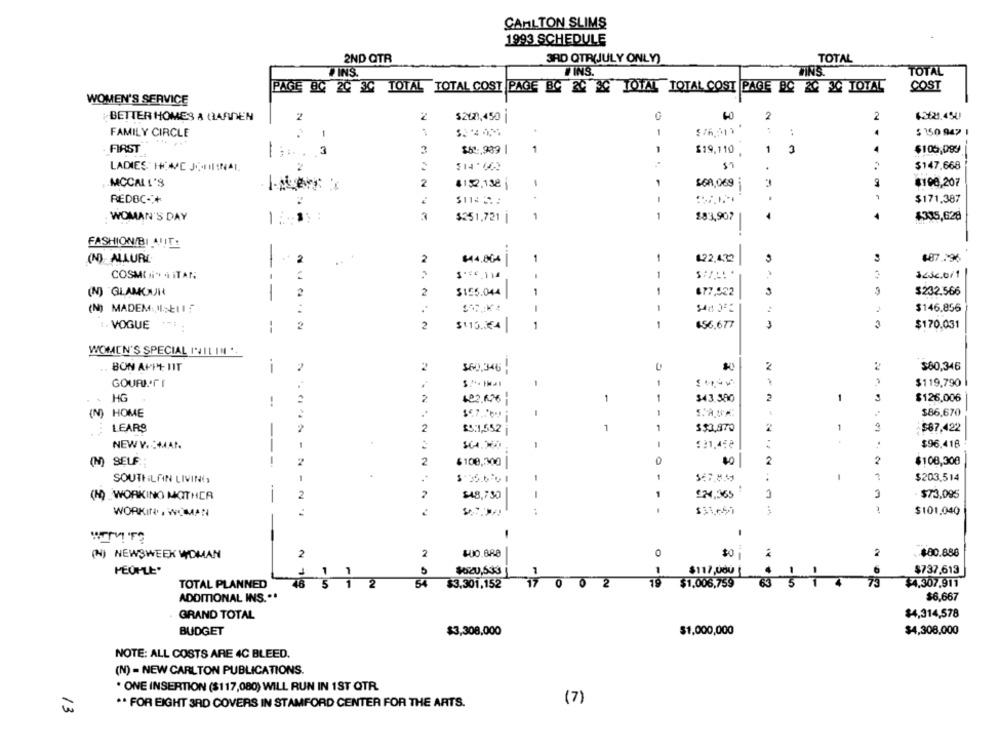
CARLTON SLIMS
1993 SCHEDULE
2ND QTR
3RD QTR(JULY ONLY)
TOTAL
TINS
FINS.
TINS
TOTAL
PAGE BC 20 30 TOTAL TOTAL COST PAGE BC 24 30 TOTAL TOTAL COST PAGE PC 20 30 TOTAL
COST
WOMEN'S SERVICE
BETTER HOMES & GARDEN
2
$2621,450 |
2
2
FAMILY CIRCLE
1
1
:
$ 150 947 |
FIRST
-M
$61,989 |
1
1
$19,110
1
3
$105,099
$147.668
LADIES: HOME JODI!NAI.
$14'
MCCALL'S
2
4152,138
£68,069
$100,207
REDOC++
-.
1-
$171.387
WOMAN'S DAY
3
1
£83,907
4
£315,628
$251.721 |
FASHION/BI AUT:
(N) ALLURE
2
2
$44,804
1
1
122,432
$87.596
COSMOi 4 iTAN
1
(N) GLAMOUR
2
2
$155.044
1
1
677,522
3
$232.566
--
1
$146.856
(N) MADEM:)ISE115
-
- VOGUE
--
2
2
$115.44
1
456,677
3
3
$170,031
WOMEN'S SPECIAL PALL IN ..
BON APP+ HIT
2
$60.346
2
$60,346
--
--
GOURI*FI
$119,790
482.6.26
$43.380
1
$126,006
HG
1
(N) HOME
1
$86,670
----
-
LEARS
2
1
$$3,870
1
$87.422
$5:1,552 i
NEW V. CMAP.
:21,498
$96.418
(M) SELF
---
2
2
$108,300 |
2
2
$108,300
SOUTHLAN LIVING,
1
---
-
1
$203.514
(M) WORKING MOTHER
2
2
$48,730
€24,365
$73,095
-
WORKIN , WOMAN
$101.040
-
(N) NEWSWEEK WOMAN
2
2
$0
- --
2
$80.858
PEOPLE'
1
$020,533
1
1
$117,000
$737.613
TOTAL PLANNED
5
1
2
54
$3.301,152
17
0
lo
2
19
$1,006,759
$4.307,911
ADDITIONAL INS .**
$6,667
GRAND TOTAL
$4,314,578
BUDGET
$3,308,000
$4,308.000
$1,000,000
NOTE: ALL COSTS ARE 4C BLEED.
(N) = NEW CARLTON PUBLICATIONS.
. ONE INSERTION ($117,080) WILL RUN IN 1ST QTR.
** FOR EIGHT 3RD COVERS IN STAMFORD CENTER FOR THE ARTS.
(7)
13